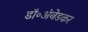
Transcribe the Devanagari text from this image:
डॉ॰अंबेडकर